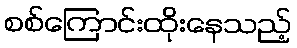
စစ်ကြောင်းထိုးနေသည့်